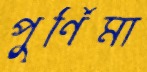
পুর্ণিমা